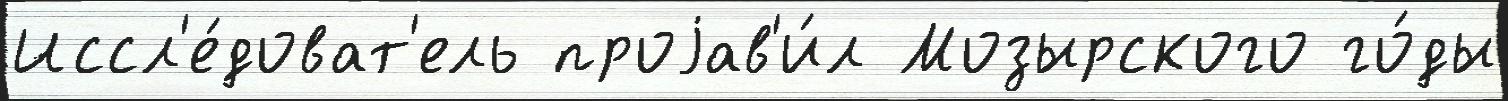
Иссл'е́доват'ель проjав'и́л Мозырского го́ды